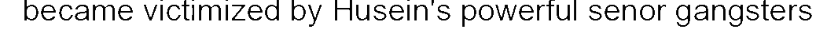
became victimized by Husein's powerful senor gangsters